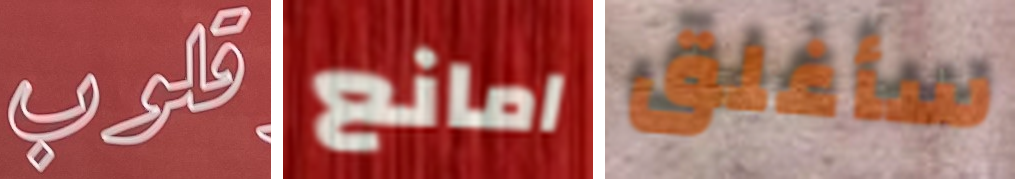
قلوب امانع سأغلق